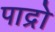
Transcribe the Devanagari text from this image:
पाद्रो